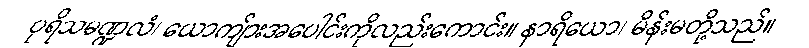
ပုရိသမဏ္ဍလံ၊ ယောကျ်ားအပေါင်းကိုလည်းကောင်း။ နာရိယော၊ မိန်းမတို့သည်။